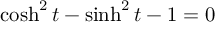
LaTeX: \; \cosh ^ { 2 } t - \sinh ^ { 2 } t - 1 = 0